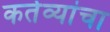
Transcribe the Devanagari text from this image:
कर्तव्यांचा